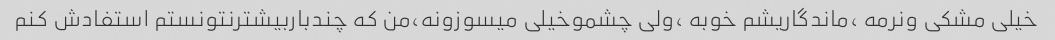
خیلی مشکی ونرمه ،ماندگاریشم خوبه ،ولی چشموخیلی میسوزونه،من که چندباربیشترنتونستم استفادش کنم